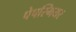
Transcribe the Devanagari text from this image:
पेपस्मियर